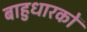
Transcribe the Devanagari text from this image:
बाहुधारकों